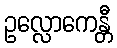
ဥလ္လောကေန္တီ